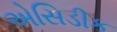
એસિડીક